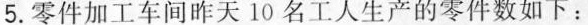
5.零件加工车间昨天10名工人生产的零件数如下：